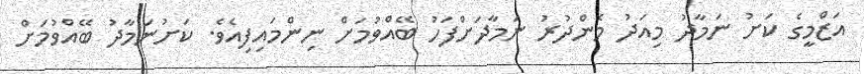
އަޒްމީގެ ކަށު ނަމާދު މިއަދު މެންދުރު ނަމާދަށްފަހު ބޭއްވުމަށް ނިންމައިފިއެވެ. ކަށުނަމާދު ބޭއްވުމަށް